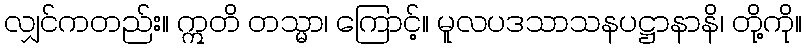
လျှင်ကတည်း။ ဣတိ တသ္မာ၊ ကြောင့်။ မူလပဒသာသနပဋ္ဌာနာနိ၊ တို့ကို။